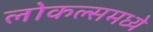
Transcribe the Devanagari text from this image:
लोकल्समध्ये